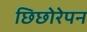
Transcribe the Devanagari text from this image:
छिछोरेपन